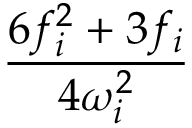
\frac { 6 f _ { i } ^ { 2 } + 3 f _ { i } } { 4 \omega _ { i } ^ { 2 } }